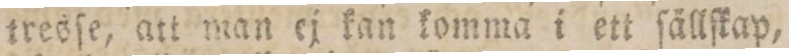
tresſe, att man ej kan komma i ett ſällſkap,